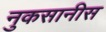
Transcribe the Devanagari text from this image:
नुकसानीस